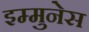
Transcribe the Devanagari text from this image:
इम्मुनेस